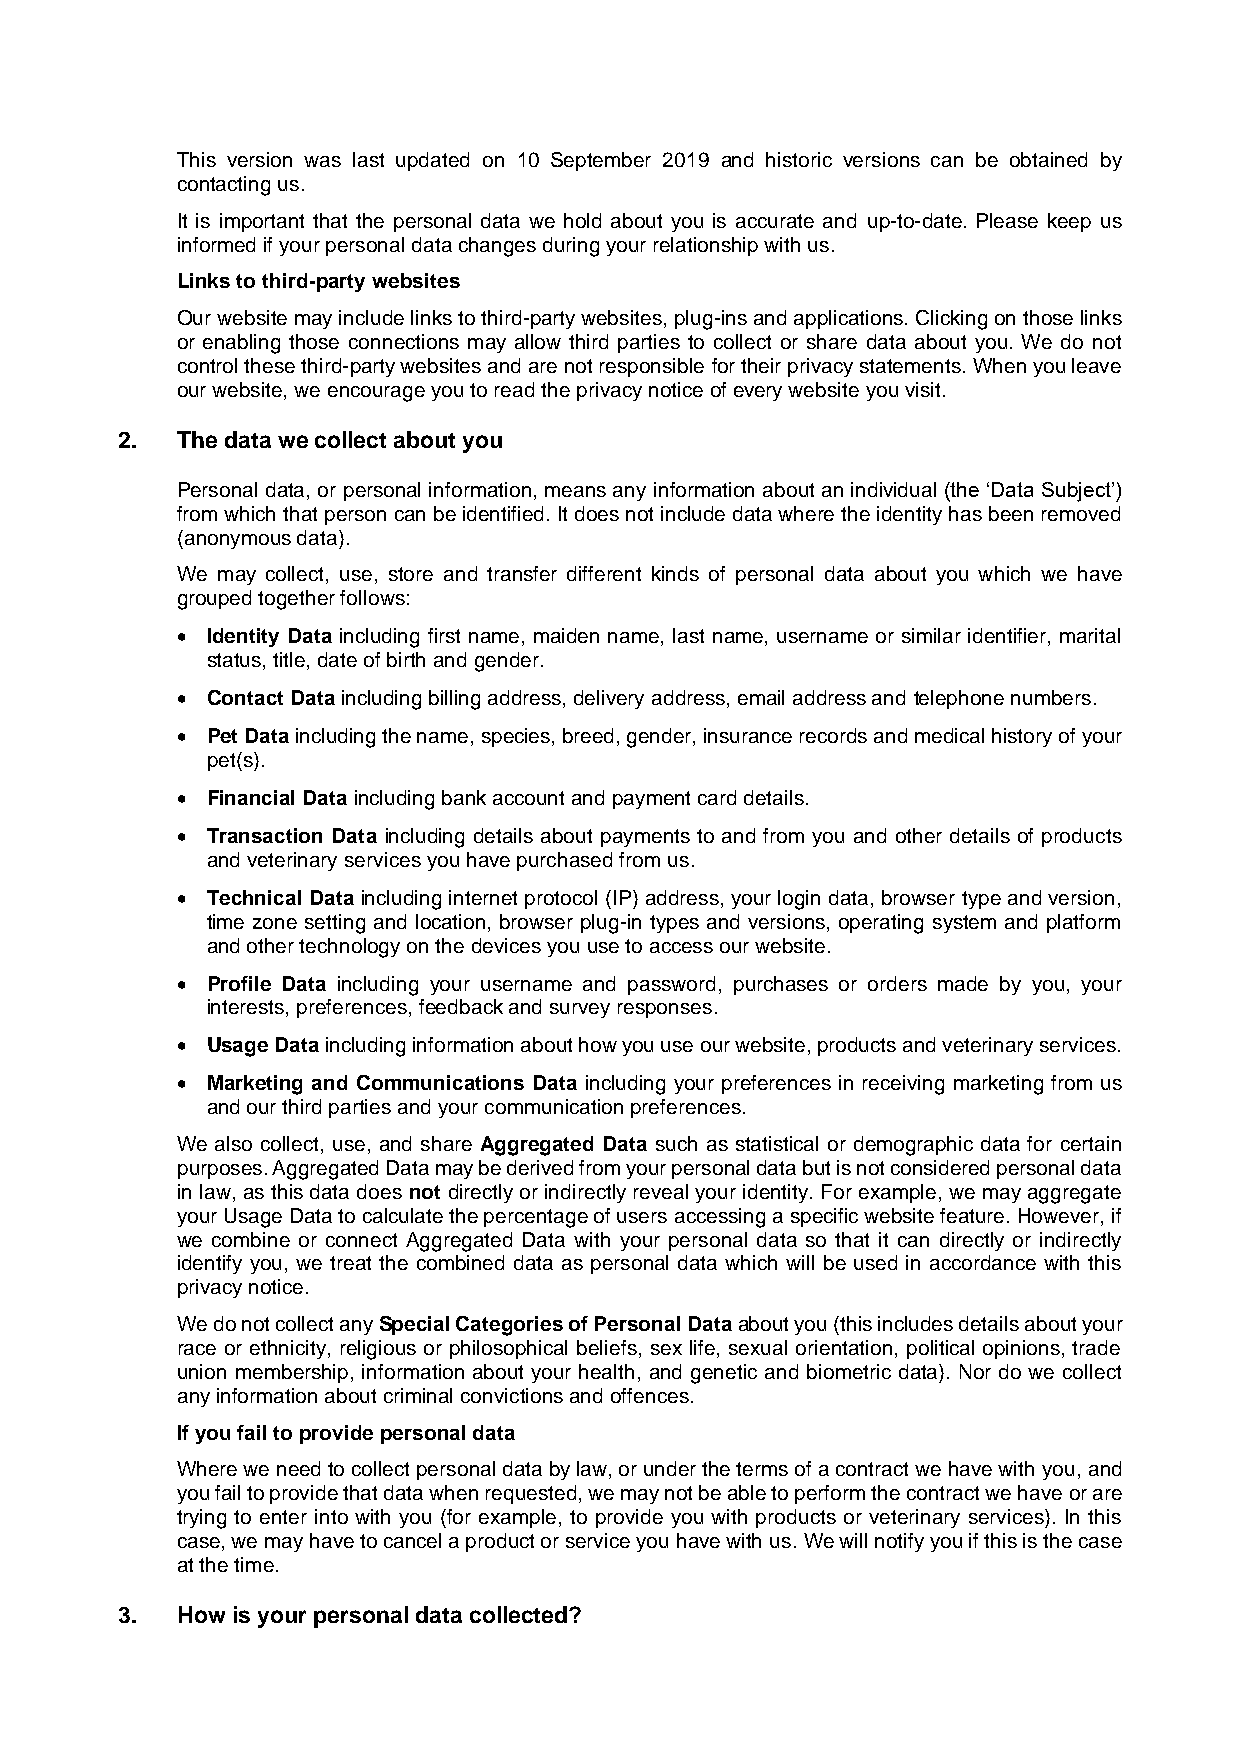
This version was last updated on 10 September 2019 and historic versions can be obtained by
 contacting us.
 It is important that the personal data we hold about you is accurate and up-to-date. Please keep us
 informed if your personal data changes during your relationship with us.
 Links to third-party websites
 Our website may include links to third-party websites, plug-ins and applications. Clicking on those links
 or enabling those connections may allow third parties to collect or share data about you. We do not
 control these third-party websites and are not responsible for their privacy statements. When you leave
 our website, we encourage you to read the privacy notice of every website you visit.
 2.  The data we collect about you
 Personal data, or personal information, means any information about an individual (the ‘Data Subject’)
 from which that person can be identified. It does not include data where the identity has been removed
 (anonymous data).
 We may collect, use, store and transfer different kinds of personal data about you which we have
 grouped together follows:
 • Identity Data including first name, maiden name, last name, username or similar identifier, marital
 status, title, date of birth and gender.
 • Contact Data including billing address, delivery address, email address and telephone numbers.
 • Pet Data including the name, species, breed, gender, insurance records and medical history of your
 pet(s).
 • Financial Data including bank account and payment card details.
 • Transaction Data including details about payments to and from you and other details of products
 and veterinary services you have purchased from us.
 • Technical Data including internet protocol (IP) address, your login data, browser type and version,
 time zone setting and location, browser plug-in types and versions, operating system and platform
 and other technology on the devices you use to access our website.
 • Profile Data including your username and password, purchases or orders made by you, your
 interests, preferences, feedback and survey responses.
 • Usage Data including information about how you use our website, products and veterinary services.
 • Marketing and Communications Data including your preferences in receiving marketing from us
 and our third parties and your communication preferences.
 We also collect, use, and share Aggregated Data such as statistical or demographic data for certain
 purposes. Aggregated Data may be derived from your personal data but is not considered personal data
 in law, as this data does not directly or indirectly reveal your identity. For example, we may aggregate
 your Usage Data to calculate the percentage of users accessing a specific website feature. However, if
 we combine or connect Aggregated Data with your personal data so that it can directly or indirectly
 identify you, we treat the combined data as personal data which will be used in accordance with this
 privacy notice.
 We do not collect any Special Categories of Personal Data about you (this includes details about your
 race or ethnicity, religious or philosophical beliefs, sex life, sexual orientation, political opinions, trade
 union membership, information about your health, and genetic and biometric data). Nor do we collect
 any information about criminal convictions and offences.
 If you fail to provide personal data
 Where we need to collect personal data by law, or under the terms of a contract we have with you, and
 you fail to provide that data when requested, we may not be able to perform the contract we have or are
 trying to enter into with you (for example, to provide you with products or veterinary services). In this
 case, we may have to cancel a product or service you have with us. We will notify you if this is the case
 at the time.
 3.  How is your personal data collected?